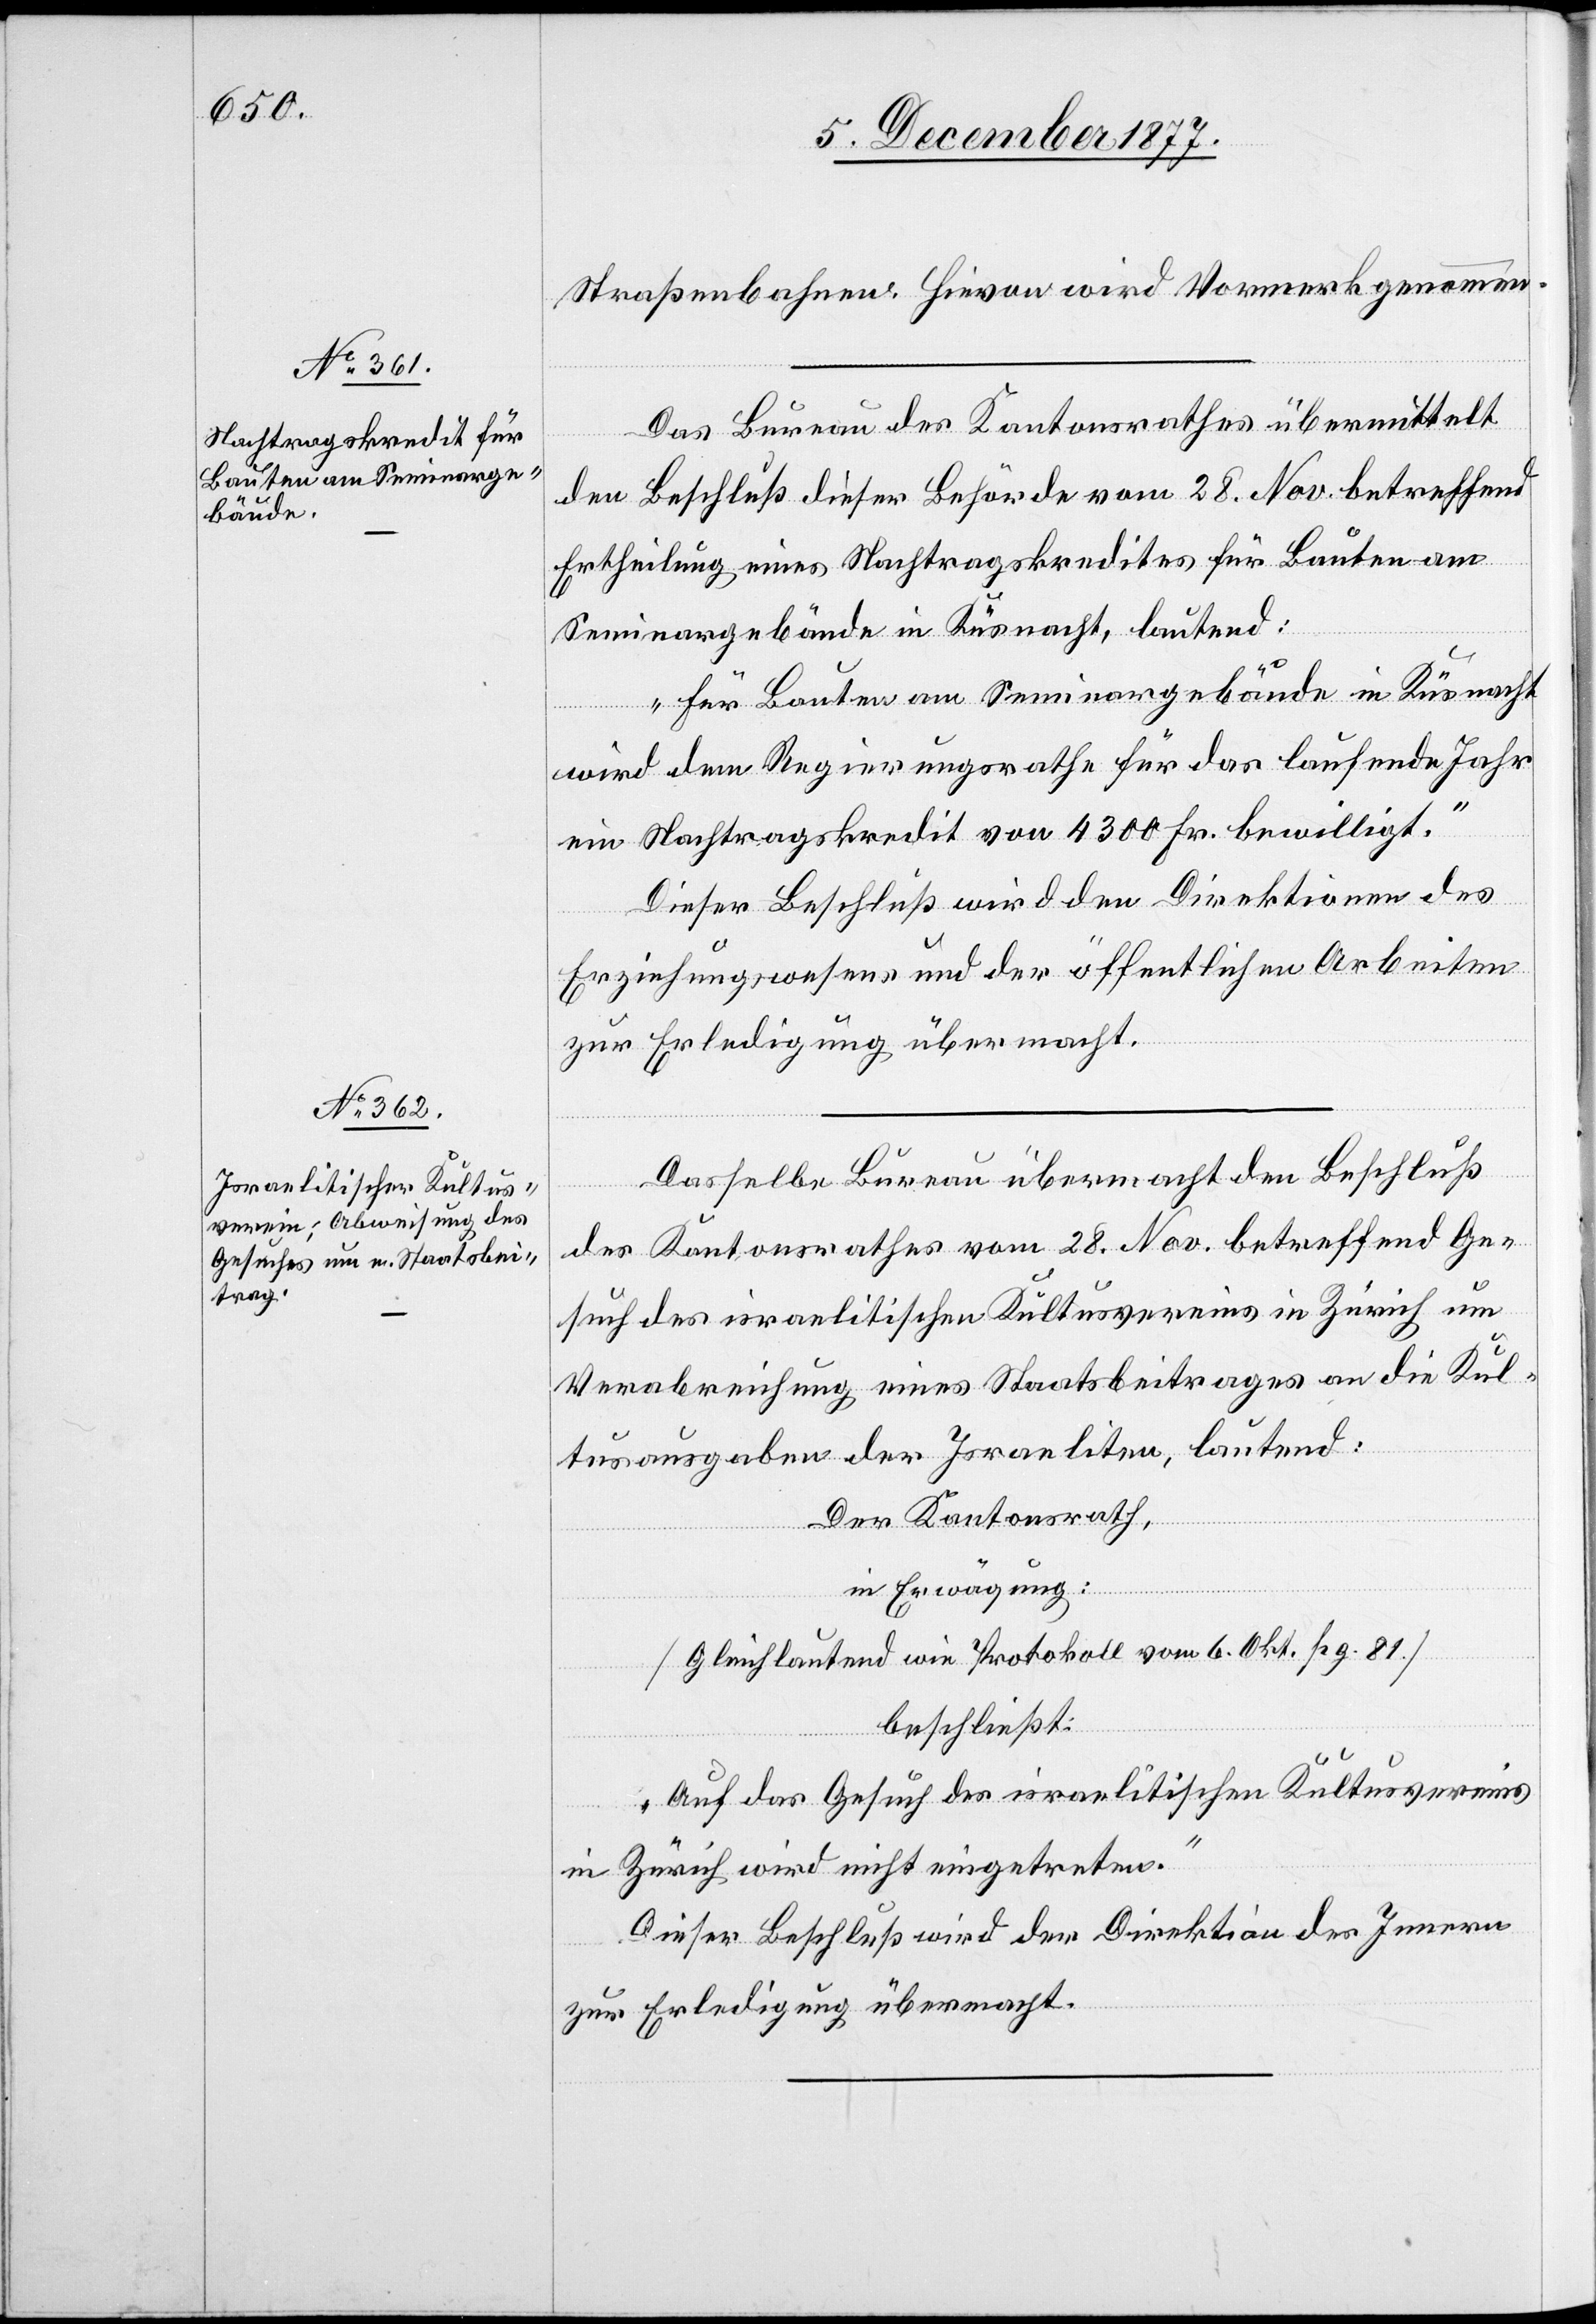
Straßenbahnen. Hievon wird Vormerk genommen.
Das Bureau des Kantonsrathes übermittelt
den Beschluß dieser Behörde vom 28. Nov. betreffend
Ertheilung eines Nachtragskredites für Bauten am
Seminargebäude in Küsnacht, lautend:
„Für Bauten am Seminargebäude in Küsnacht
wird dem Regierungsrathe für das laufende Jahr
ein Nachtragskredit von 4300 Fr. bewilligt.“
Dieser Beschluß wird den Direktionen des
Erziehungswesens und der öffentlichen Arbeiten
zur Erledigung übermacht.
Dasselbe Bureau übermacht den Beschluß
des Kantonsrathes vom 28. Nov. betreffend Ge¬
such des israelitischen Kultusvereins in Zürich um
Verabreichung eines Staatsbeitrages an die Kul¬
tusausgaben der Israeliten, lautend:
Der Kantonsrath,
in Erwägung:
[Gleichlautend wie Protokoll vom 6. Okt. pg. 81.]
beschließt:
„Auf das Gesuch des israelitischen Kultusvereins
in Zürich wird nicht eingetreten.“
Dieser Beschluß wird der Direktion des Innern
zur Erledigung übermacht.